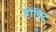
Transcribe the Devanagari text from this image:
होविट